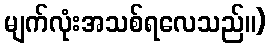
မျက်လုံးအသစ်ရလေသည်။)